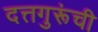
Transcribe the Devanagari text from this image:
दत्तगुरूंची